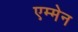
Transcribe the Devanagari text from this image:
एम्मेन